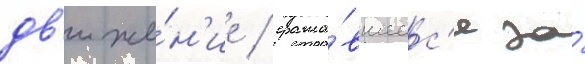
дв'иже́н'ие / сража́вшеес'я за́